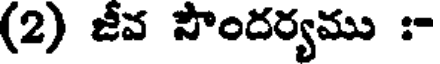
(2) జీవ సౌందర్యము :-